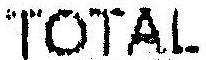
TOTAL